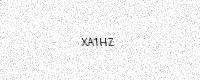
Text: XA1HZ